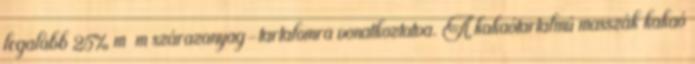
legalább 25% m m szárazanyag-tartalomra vonatkoztatva. A kakaótartalmú masszák kakaó